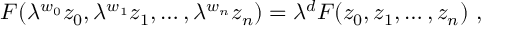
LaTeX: F ( \lambda ^ { w _ { 0 } } z _ { 0 } , \lambda ^ { w _ { 1 } } z _ { 1 } , \ldots , \lambda ^ { w _ { n } } z _ { n } ) = \lambda ^ { d } F ( z _ { 0 } , z _ { 1 } , \ldots , z _ { n } ) \ ,